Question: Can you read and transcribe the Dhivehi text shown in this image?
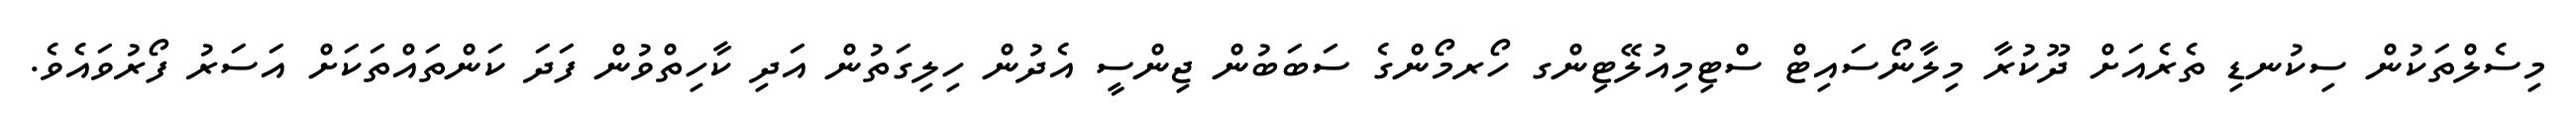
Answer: މިސެލްތަކުން ސިކުނޑި ތެރެއަށް ދޫކުރާ މިލާނޯސައިޓް ސްޓިމިއުލޭޓިންގ ހޯރމޯންގެ ސަބަބުން ޖިންސީ އެދުން ހިލިގަތުން އަދި ކާހިތްވުން ފަދަ ކަންތައްތަކަށް އަސަރު ފޯރުވައެވެ.